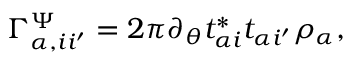
\Gamma _ { \alpha , i i ^ { \prime } } ^ { \Psi } = 2 \pi \partial _ { \theta } t _ { \alpha i } ^ { * } t _ { \alpha i ^ { \prime } } \rho _ { \alpha } ,